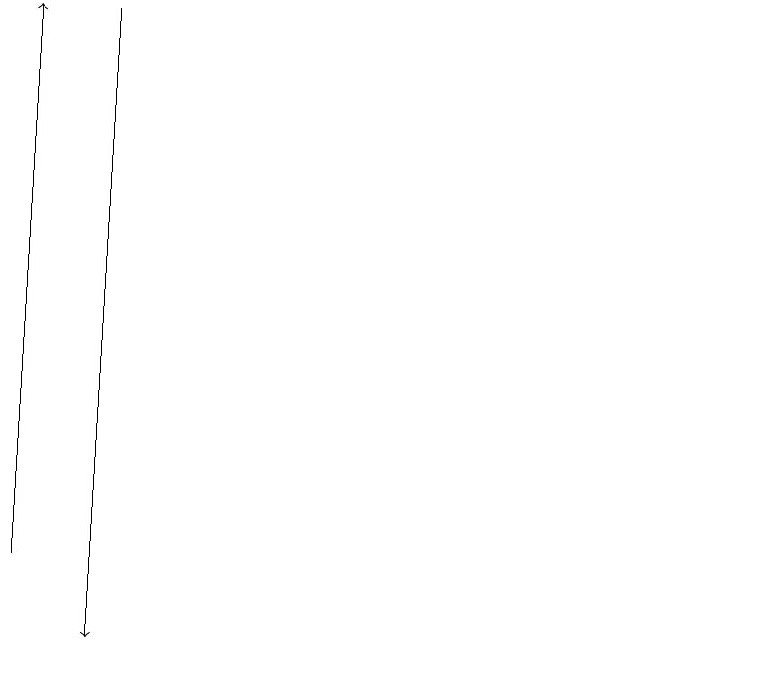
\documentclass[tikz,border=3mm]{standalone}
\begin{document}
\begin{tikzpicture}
\draw[->] (3,19) -- (3,11);
\draw (11,11) circle (0);
\draw[->] (2,12) -- (2,19);
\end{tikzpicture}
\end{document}